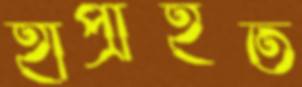
হাপ্‌রাইত